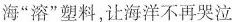
海”溶”塑料，让海洋不再哭泣